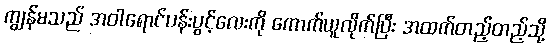
ကျွန်မသည် အဝါရောင်ပန်းပွင့်လေးကို ကောက်ယူလိုက်ပြီး အထက်တည့်တည့်သို့